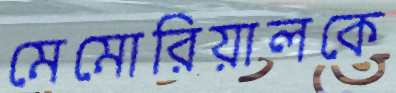
মেমোরিয়ালকে